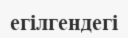
егілгендегі